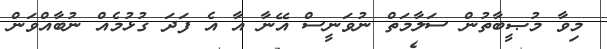
މިވާ މުޞީބާތުން ސަލާމަތް ނުވަނީސް އޭނާ އާ އެ ފަދަ ގުޅުމެއް ނުބާއްވަން